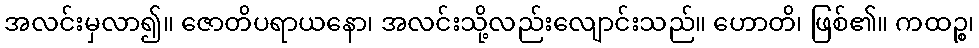
အလင်းမှလာ၍။ ဇောတိပရာယနော၊ အလင်းသို့လည်းလျောင်းသည်။ ဟောတိ၊ ဖြစ်၏။ ကထဉ္စ၊